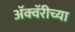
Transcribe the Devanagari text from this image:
अॅक्वॅरीच्या